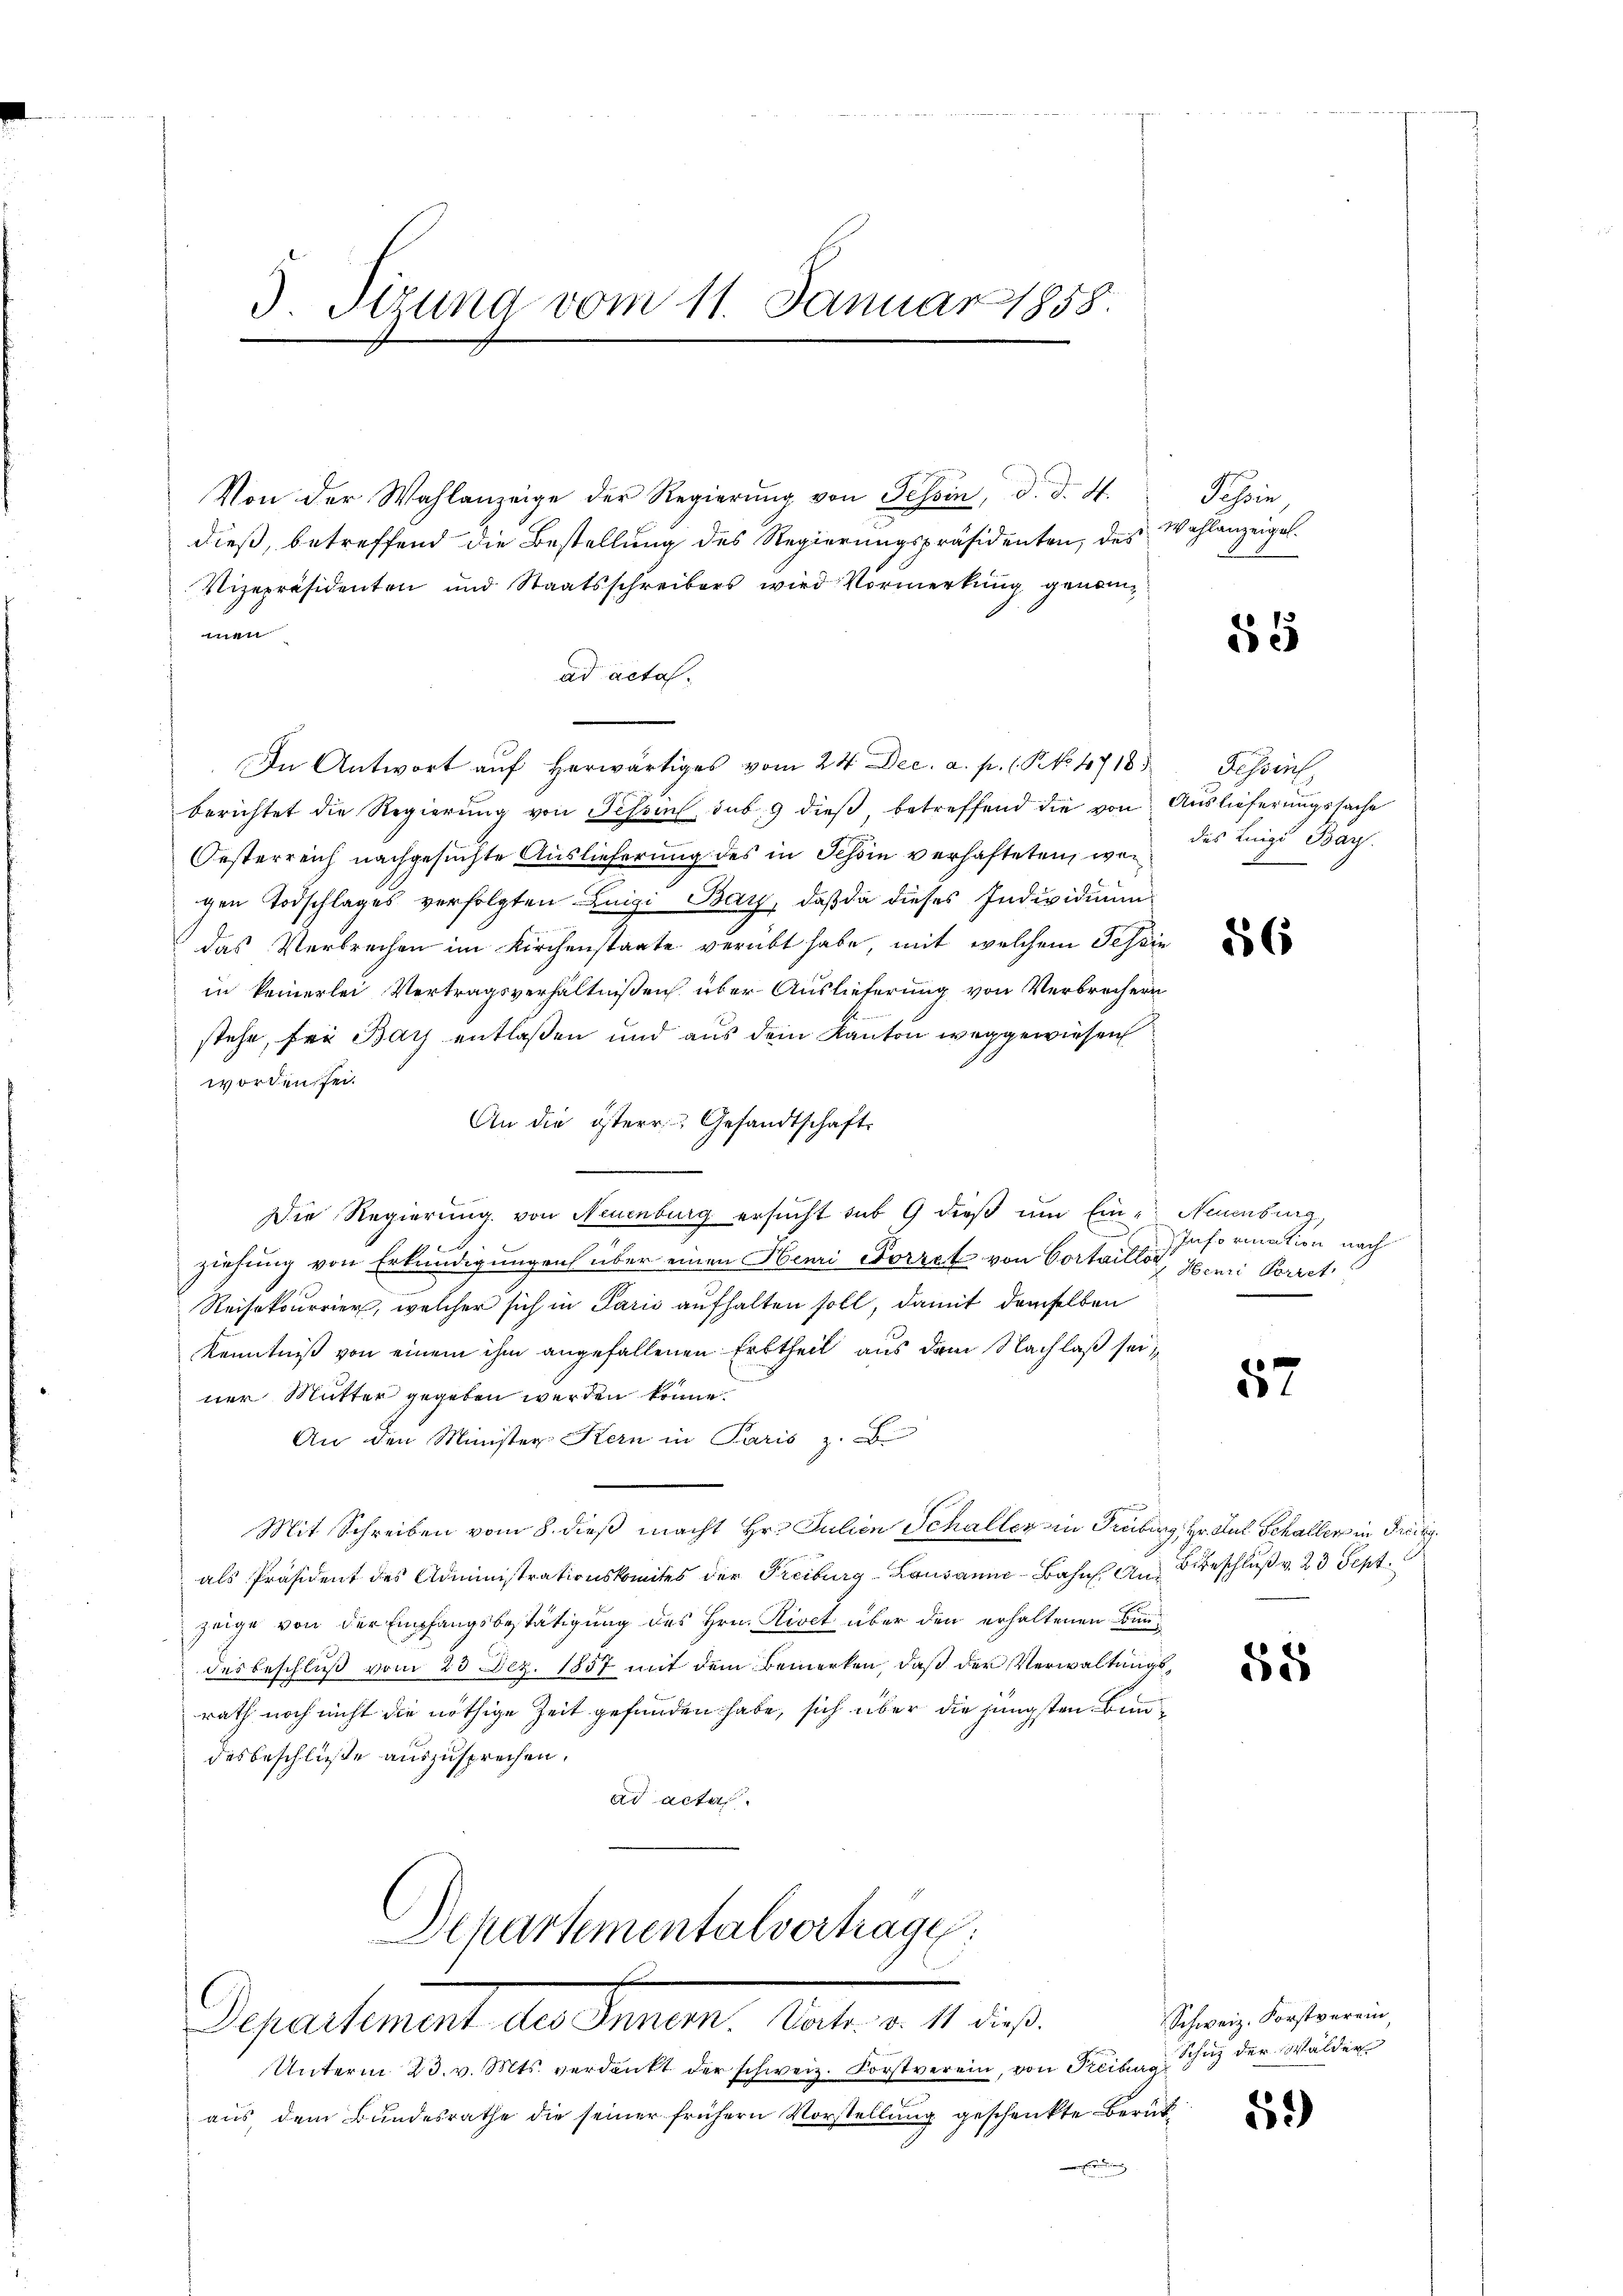
Von der Wahlanzeige der Regierŭng von Tessin, d. d. M.
dieß, betreffend die Bestellung des Regierungspräsidenten, des Wahlanzeigel.
Vizepräsidenten und Staatsschreibers wird Vormerkung genann
ad actas.
In Antwort aŭf herwärtiges vom 24. Dec. a. p. ( P. No. 4718. Tessin
berichtet die Regierung von Schon sub. 9 dieß betreffend die von Auslieferungssache
Oesterreich nachgesuchte Auslieferung des in Schön verhafteten, wo des Luigi Bay
gen Todschlages verfolgten Luigi Bay, daß da dieses Individuum
das Verbrechen im Kirchenstaate verübt habe, mit welchem Tessin
in keinerlei Vertragsverhältnißen über Auslieferung von Verbrechern
stehe, für Bach entlaßen und aus dem Kanton weggewiesen
worden sei.
An die österr. Gesandtschaft.
Die Regierung von Neuenburg ersucht sub 9 dieß um Eine Neuenburg,
19
ziehung von Erkundigungen über einen Henri Forrek von Cortaillor, Semi Porret
Reisekurrier, welcher sich in Paris aufhalten soll, damit demselben
Kenntniß von einem ihm angefallenen Erbtheil aus dem Nachlaß sei,
ner Mutter gegeben werden könne.
An den Minister Kern in Paris z. B.
Mit Schreiben vom 8. dieß macht Hr. Julien Schaller in Gruberg, Hr. Das Schaller in Frei
als Präsident des Administrationskomites der Freiburg-Lausanne-Bahn. An Beschluß v. 23 Sept.
zeige von der Empfangsbestätigung des Hrn. Kiret über den erhaltenen Bundes Beschluß vom 23 Dez. 1857 mit dem Bemerken, daß der Verwaltungsrath noch nicht die nöthige Zeit gefunden habe, sich über die jüngsten Bundesbeschlüße auszusprechen.
ad acta
Sckartementalvertrage:

3. Sizung vom 11. Januar 1858.

Departement den Sinnen.

Unterm 23. v. Mts. verdankt der schweiz. Forstverein, von Freiburg
aus, dem Bundesrathe die seiner frühern Vorstellung geschenkte Berüke

Tessin

55

56

Information nach

57

58

Schweiz. Forstverein,
Schaz der Walder
59)